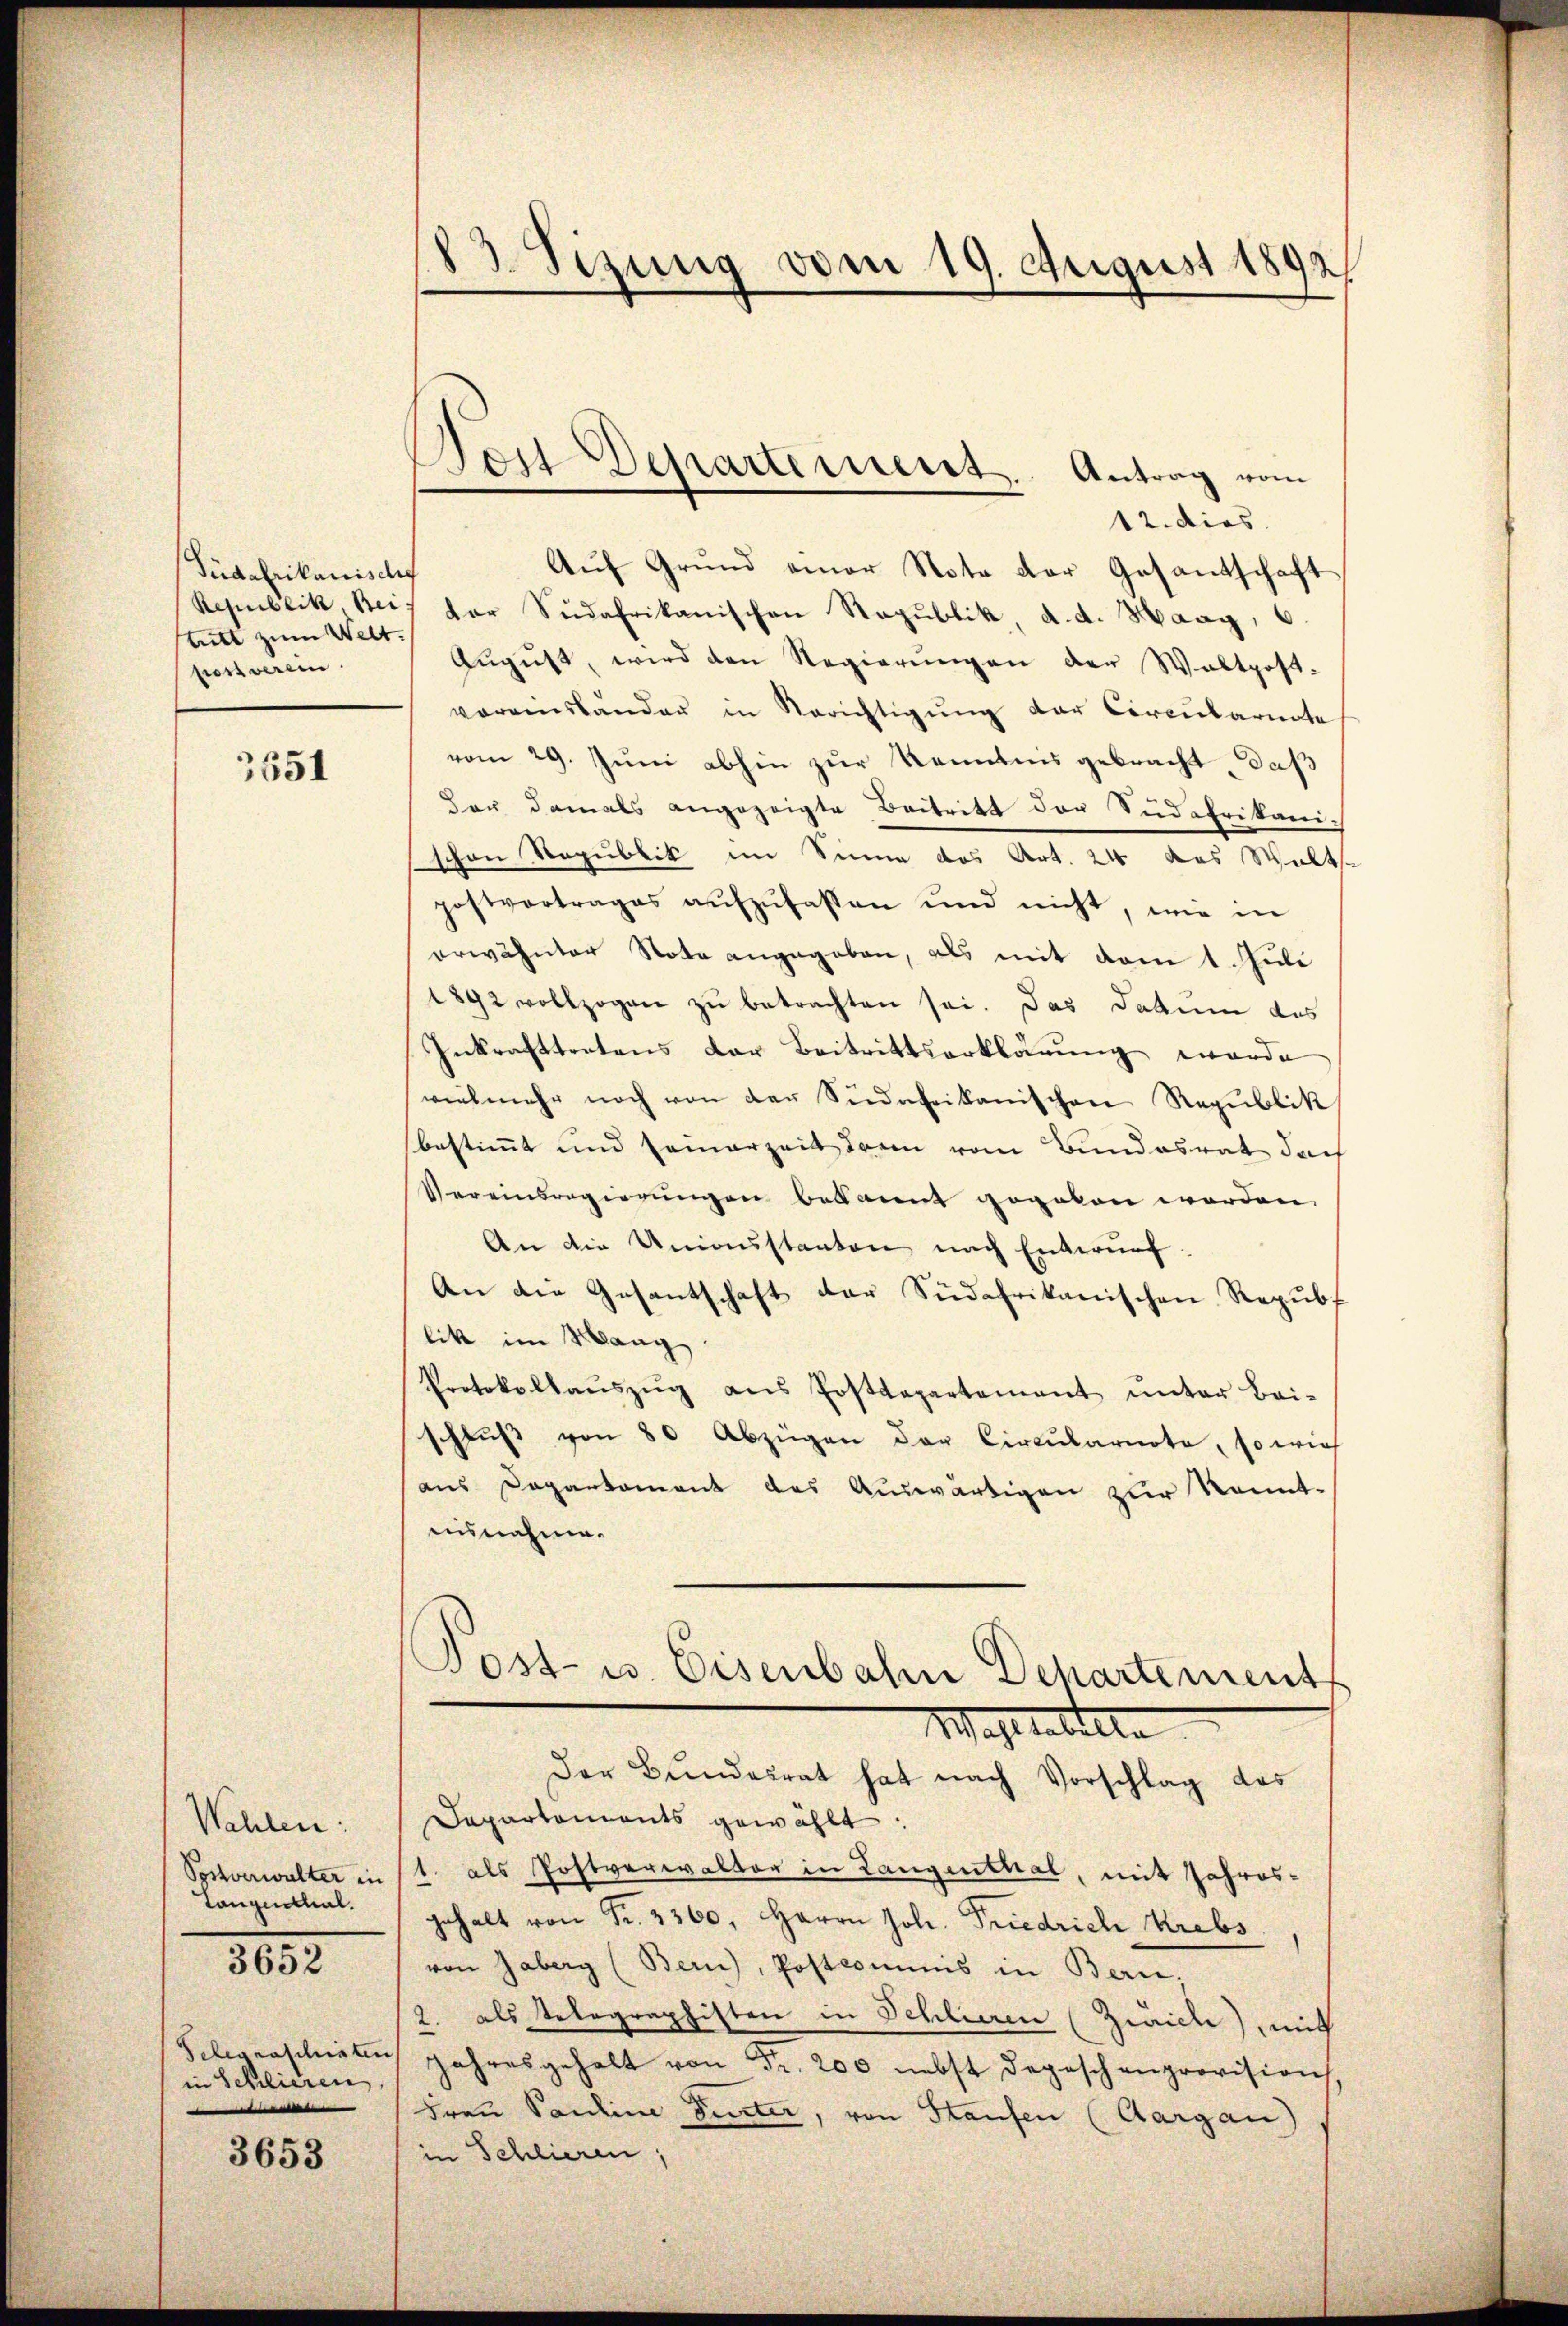
Tüdafrikanisches
tiebt zum Welt.
post verein.

3651

Wahlen:
Postverwalter in
Tanzenthal.
3652
Telegraschiaten
in Schlieren,
e

3653

83. Sizung vom 19. August 1892

12. dies
Auf Grund einer Note der Gesantschaft
Republik, Bei der Südafrikanischen Republik, d. d. Haag, 6.
Aŭgŭst wird den Regierŭngen der Waltpost-
vereinstander in Berichtigŭng der Circulariate
vom 29. Juni abhin zur Kenntnis gebracht, daß
dar damals angezeigte Beitritt der Südafrikarich
schon Republik im Sinne des Art. 24 das Walt
postvertrages aŭfzŭfassen und nicht, wie in
erwähnter Nota angegeben, als mit vom 1. Juli
1892 vollzogen zu betrachten sei. Das Datum das
Inkrafttretens der Beitrittserklärung wurde
vielmehr noch von der Südafrikanischen Republik
bestimmt und seinerzeit darin vom Bundesrat doch
Vereinsregierungen bekannt gegeben worden.
An die Unionsstanten nach Entwurf.
An die Gesantschaft der Südafrikanischen Republ
likt im Wang
Protokollaŭszŭg ans Postdepartement ŭnter Bei-
schlŭβ von 80 Abzügen der Circŭlarnote, so wie
aus Departament des Auswärtigen zur Kennt-
aisnahme.
Post- u. Eisenbahn Departement
Mahl datirte
Der Bundesrat hat nach Vorschlag des
Departements gewählt:
1. als Postverwalter in Langenthal, mit Jahres-
gehalt von Fr. 3360. Herrn Joh. Friedrich Krebs
von Jaberg (Bern), Postcommis in Bern,
2. als Telegraphisten in Schlieren (Zürich), mit
 Jahresgehalt von Fr. 200 nebst Depeschenprovision,
Frau Pauline Turter, von Staufen (Aargau)
in Schlieren,

Den Departement. Antrag vom